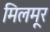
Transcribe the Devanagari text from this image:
मिलमूर